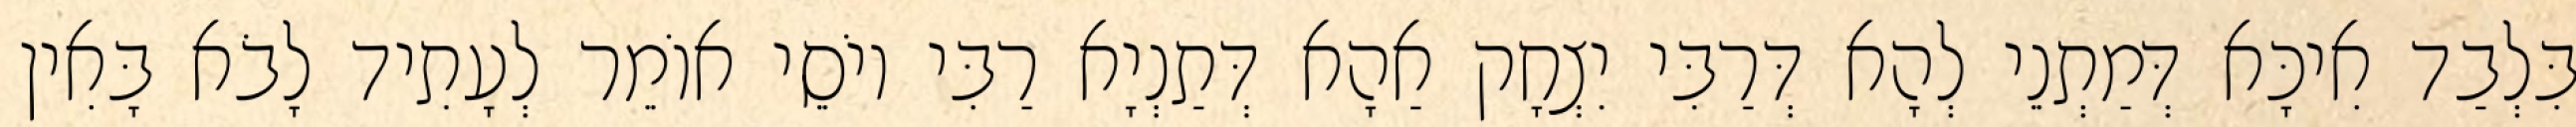
בִּלְבַד אִיכָּא דְּמַתְנֵי לְהָא דְּרַבִּי יִצְחָק אַהָא דְּתַנְיָא רַבִּי יוֹסֵי אוֹמֵר לְעָתִיד לָבֹא בָּאִין